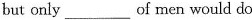
but only ___ of men would do